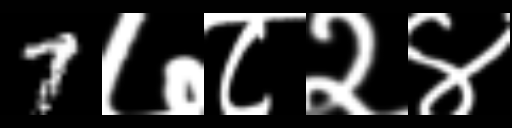
Text: 7७८२४